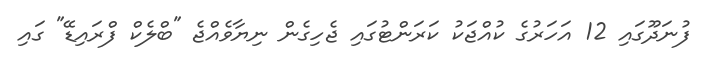
ފުނަދޫގައި 12 އަހަރުގެ ކުއްޖަކު ކަރަންޓުގައި ޖެހިގެން ނިޔާވެއްޖެ "ބްލެކް ފްރައިޑޭ" ގައި